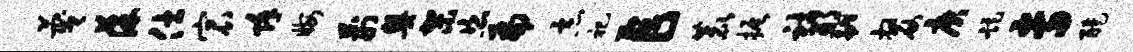
蔑葆仕宸除晦荆奥架恣扁恶祀乍鹿振社邢翩嫠庚距专醍